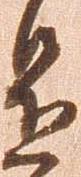
是